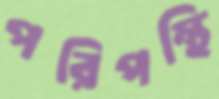
পরিপন্থি